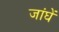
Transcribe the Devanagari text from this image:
जांघें